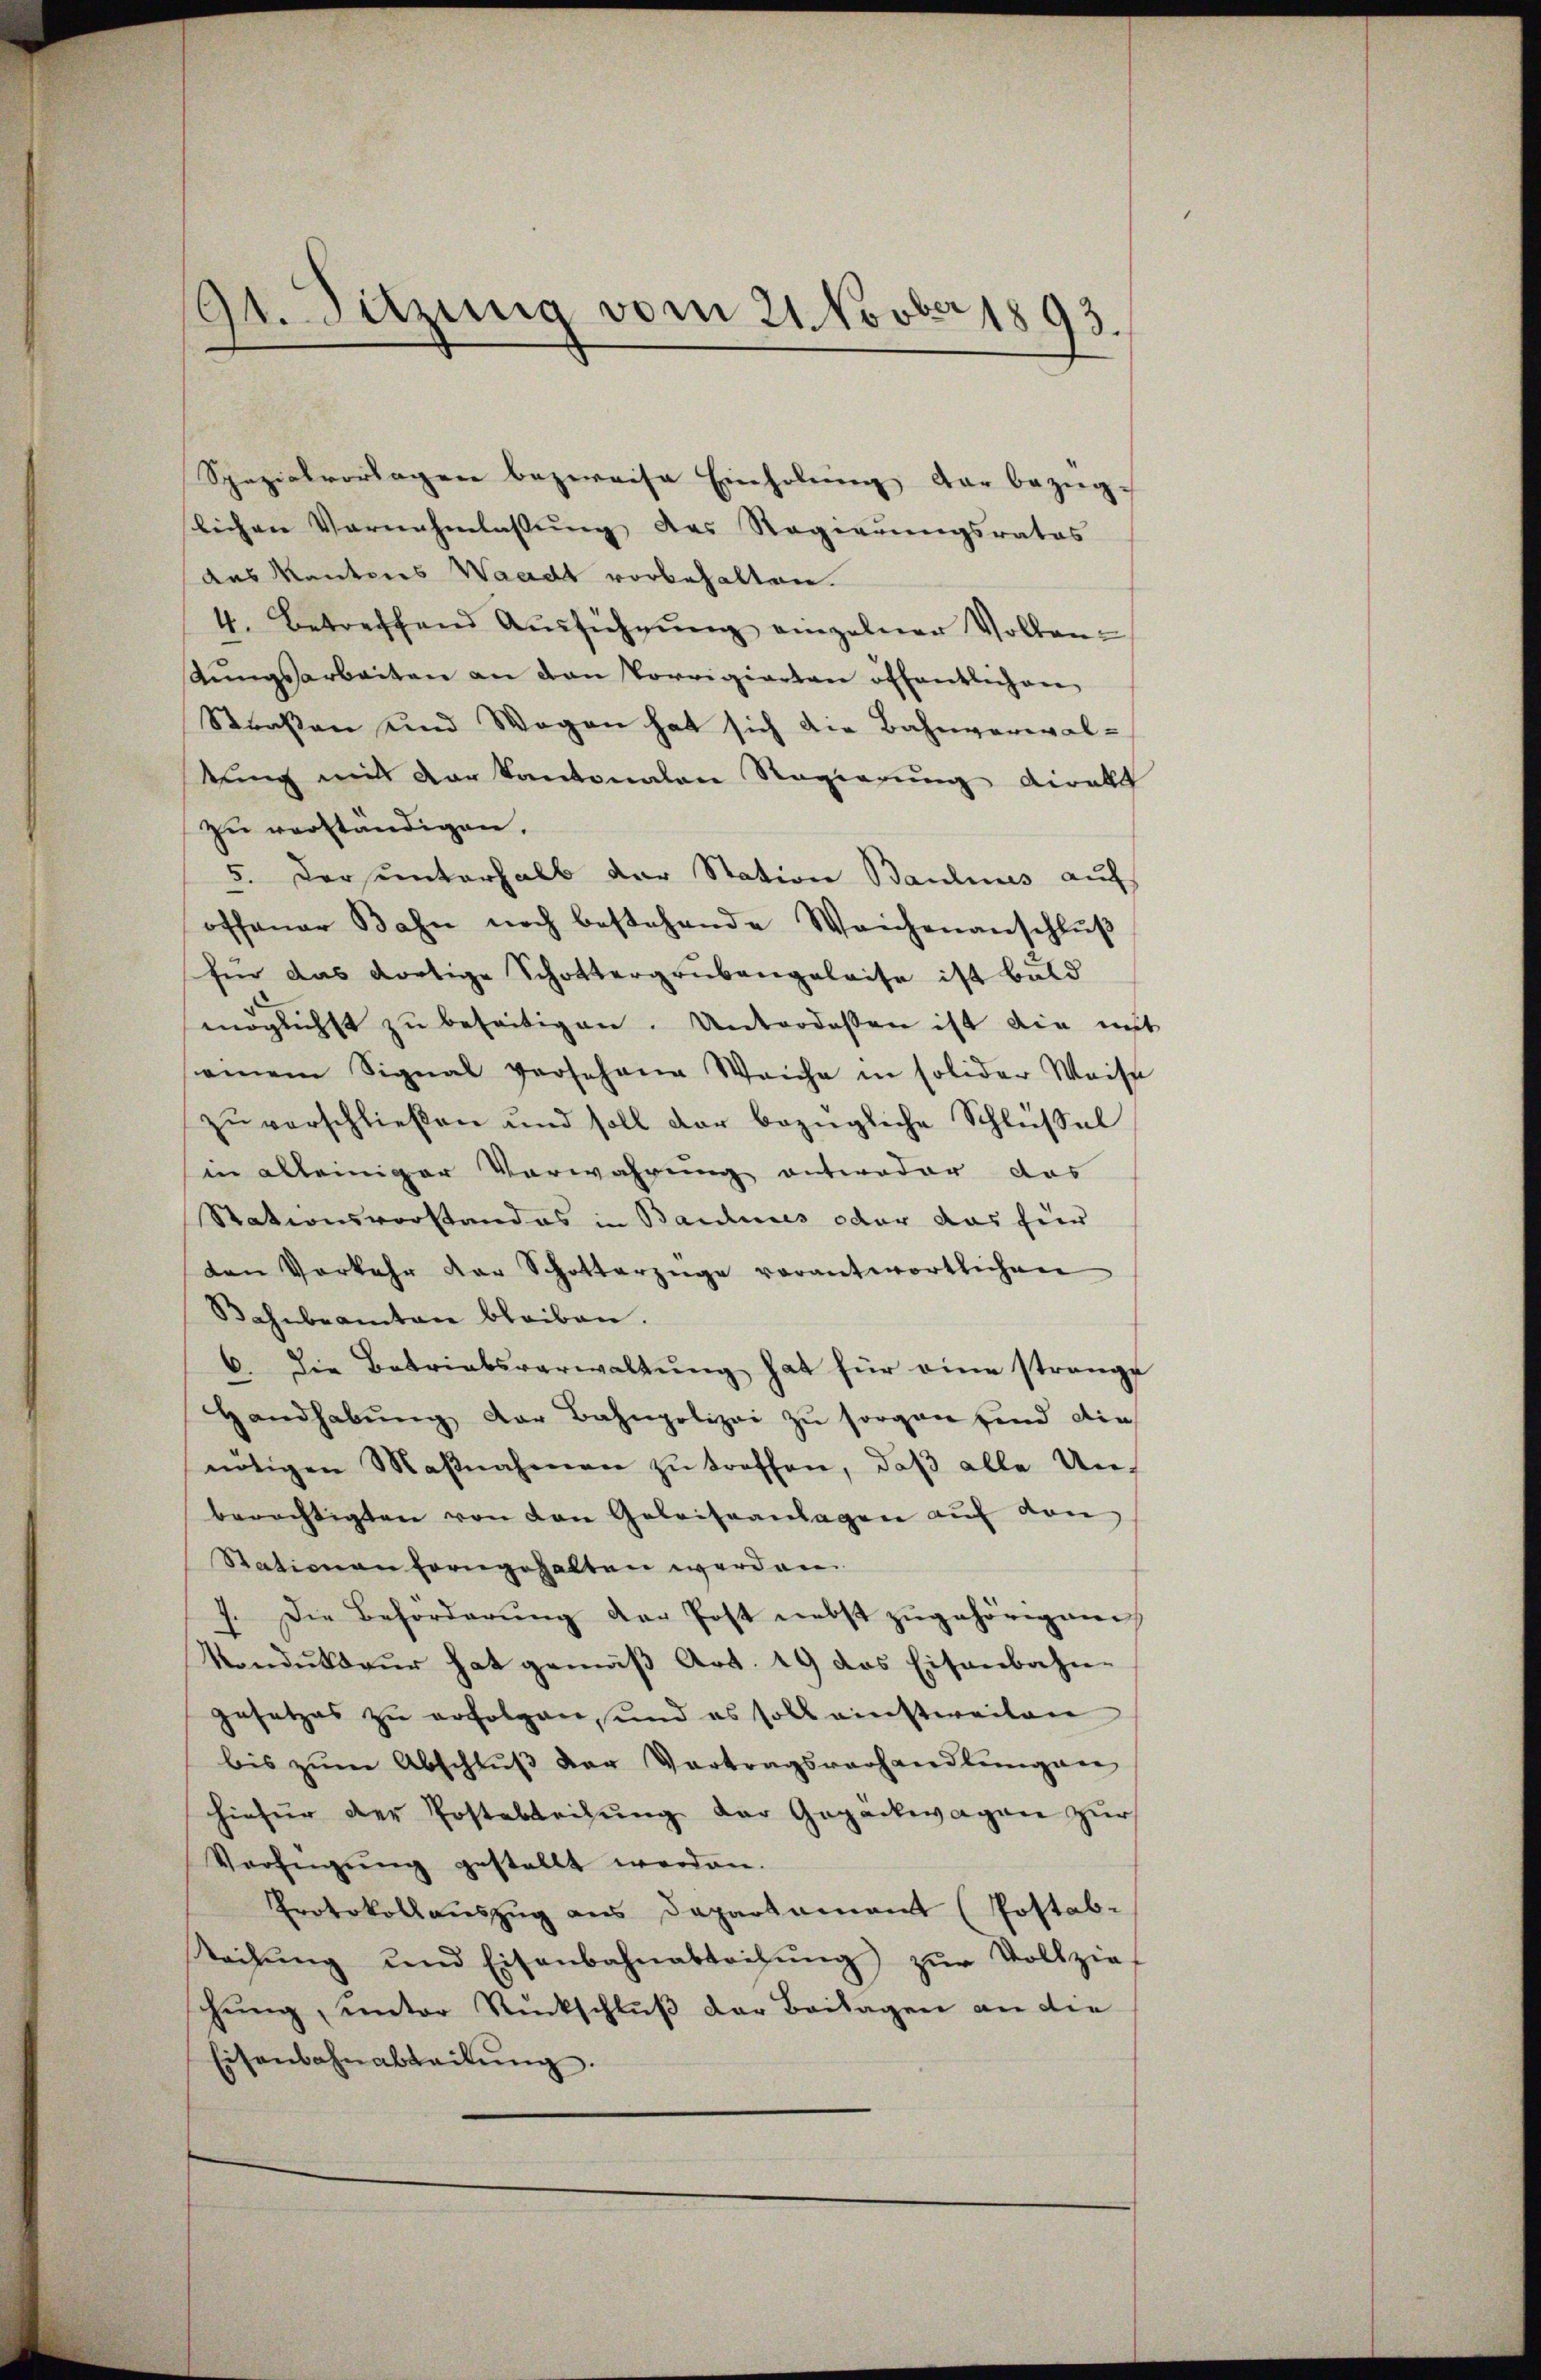
91. Sitzung vom 21 Novber 1893.

Spezialvorlagen bezweife Einholung der bezügslichen Vornahmlassung des Regierungsrates
das Kantons Waadt vorbehalten.
4. Betreffend Aŭsführŭng einzelner Volkentŭngsarbeiten an den Vorrigierten öffentlichen
Straßen und Wegen hat sich die Bahnvereval-
tung mit der Kantonalen Regierung diralt
zu verständigen.
5. Der unterhalb der Station Baulines auf
offener Bahn noch bestehende Weichenanschlŭβ
für das dortige Schottergrubengeleise ist bald
möglichst zu beseitigen. Unterdeßen ist die in
einem Signal versehene Weiche in solider Waise
zŭ verschlieβen und soll der bezügliche Schlüssel
in alleiniger Vorwahrung entweder das
Stationsvorstandes in Baudines oder das für
den Vorkehr der Schotterzüge verantwortlichen
Bahnbeamten bleiben.
6. Die Betriebsverwaltŭng hat für eine strange
Handhabŭng der Bahnpolizei zu sorgen sind die
nötigen Maβnahmen zŭ treffen, daβ alle Un-
berechtigten von den Geleiseanlagen aŭf von
Stationen forngehalten werden.
7. Die Behörderŭng der Post nebst zŭgehörigen,
Vondukteur hat gemäß Art. 19 das Eisenbahn-
gesetzes zu erfolgen, und es soll einstweilen
bis zŭm Abschlŭβ der Vertragsverhandlŭngen
hiefür der Postableihung der Gepackwagen zur
Verfügŭng gestellt werden.
Protokollauszug aus Dapartamant (Postab-
teilŭng und Eisenbahnabteilŭng zŭr Vollzie-
hung, unter Rückschluß der Beilagen an die
Eisenbahnabteilŭng.